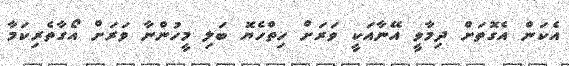
އެކަން އެގޮތަށް ދިމާވީ އޭނާއަކީ ވަރަށް ހިތްހެޔޮ ބަލި މީހުންނާ ވަރަށް އޯގާތެރިކަމާ